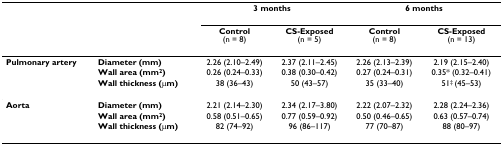
<table><thead><tr><td></td><td></td><td colspan="2"><b>3 months</b></td><td colspan="2"><b>6 months</b></td></tr><tr><td></td><td></td><td><b>Control(n = 8)</b></td><td><b>CS-Exposed(n = 5)</b></td><td><b>Control(n = 8)</b></td><td><b>CS-Exposed(n = 13)</b></td></tr></thead><tbody><tr><td><b>Pulmonary artery</b></td><td><b>Diameter (mm)</b></td><td>2.26 (2.10–2.49)</td><td>2.37 (2.11–2.45)</td><td>2.26 (2.13–2.39)</td><td>2.19 (2.15–2.40)</td></tr><tr><td></td><td><b>Wall area (mm<sup>2</sup>)</b></td><td>0.26 (0.24–0.33)</td><td>0.38 (0.30–0.42)</td><td>0.27 (0.24–0.31)</td><td>0.35* (0.32–0.41)</td></tr><tr><td></td><td><b>Wall thickness (μm)</b></td><td>38 (36–43)</td><td>50 (43–57)</td><td>35 (33–40)</td><td>51<sup>‡ </sup>(45–53)</td></tr><tr><td><b>Aorta</b></td><td><b>Diameter (mm)</b></td><td>2.21 (2.14–2.30)</td><td>2.34 (2.17–3.80)</td><td>2.22 (2.07–2.32)</td><td>2.28 (2.24–2.36)</td></tr><tr><td></td><td><b>Wall area (mm<sup>2</sup>)</b></td><td>0.58 (0.51–0.65)</td><td>0.77 (0.59–0.92)</td><td>0.50 (0.46–0.65)</td><td>0.63 (0.57–0.74)</td></tr><tr><td></td><td><b>Wall thickness (μm)</b></td><td>82 (74–92)</td><td>96 (86–117)</td><td>77 (70–87)</td><td>88 (80–97)</td></tr></tbody></table>